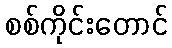
စစ်ကိုင်းတောင်